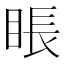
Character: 𥇔